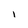
Character: l